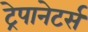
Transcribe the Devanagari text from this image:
ट्रेपानेटर्स